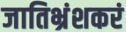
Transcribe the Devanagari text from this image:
जातिभ्रंशकरं